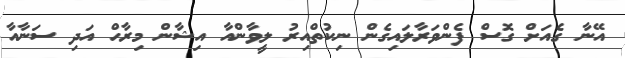
އޭނާ ގެއަށް ގޮސް ފެންވަރާލައިގެން ނިކުތްއިރު ލީވާންއާ އިޝާން މިރާހް އަދި ސަނާއާ